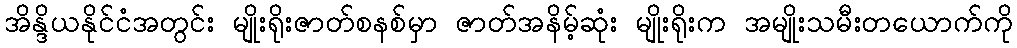
အိန္ဒိယနိုင်ငံအတွင်း မျိုးရိုးဇာတ်စနစ်မှာ ဇာတ်အနိမ့်ဆုံး မျိုးရိုးက အမျိုးသမီးတယောက်ကို